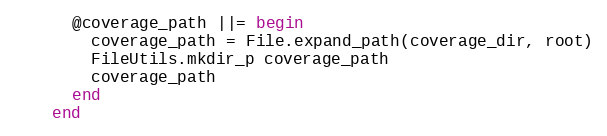
Language: Ruby
      @coverage_path ||= begin
        coverage_path = File.expand_path(coverage_dir, root)
        FileUtils.mkdir_p coverage_path
        coverage_path
      end
    end